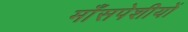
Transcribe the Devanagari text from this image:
माँसपेशीयों